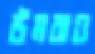
উমরাও